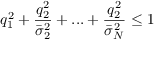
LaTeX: q _ { 1 } ^ { 2 } + \frac { q _ { 2 } ^ { 2 } } { \bar { \sigma } _ { 2 } ^ { 2 } } + . . . + \frac { q _ { 2 } ^ { 2 } } { \bar { \sigma } _ { N } ^ { 2 } } \leq 1